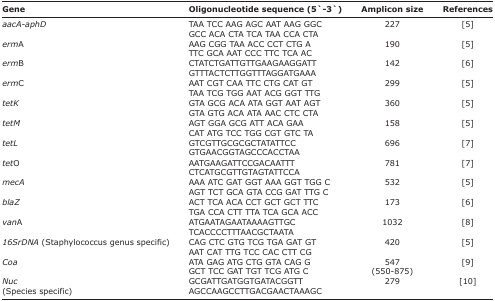
<table><thead><tr><td><b>Gene</b></td><td><b>Oligonucleotide sequence (5`-3`)</b></td><td><b>Amplicon size</b></td><td><b>References</b></td></tr></thead><tbody><tr><td><i>aacA-aphD</i></td><td>TAA TCC AAG AGC AAT AAG GGC GCC ACA CTA TCA TAA CCA CTA</td><td>227</td><td>[5]</td></tr><tr><td><i>erm</i>A</td><td>AAG CGG TAA ACC CCT CTG A TTC GCA AAT CCC TTC TCA AC</td><td>190</td><td>[5]</td></tr><tr><td><i>erm</i>B</td><td>CTATCTGATTGTTGAAGAAGGATT GTTTACTCTTGGTTTAGGATGAAA</td><td>142</td><td>[6]</td></tr><tr><td><i>erm</i>C</td><td>AAT CGT CAA TTC CTG CAT GT TAA TCG TGG AAT ACG GGT TTG</td><td>299</td><td>[5]</td></tr><tr><td><i>tetK</i></td><td>GTA GCG ACA ATA GGT AAT AGT GTA GTG ACA ATA AAC CTC CTA</td><td>360</td><td>[5]</td></tr><tr><td><i>tetM</i></td><td>AGT GGA GCG ATT ACA GAA CAT ATG TCC TGG CGT GTC TA</td><td>158</td><td>[5]</td></tr><tr><td><i>tetL</i></td><td>GTCGTTGCGCGCTATATTCC GTGAACGGTAGCCCACCTAA</td><td>696</td><td>[7]</td></tr><tr><td><i>tet</i>O</td><td>AATGAAGATTCCGACAATTT CTCATGCGTTGTAGTATTCCA</td><td>781</td><td>[7]</td></tr><tr><td><i>mecA</i></td><td>AAA ATC GAT GGT AAA GGT TGG C AGT TCT GCA GTA CCG GAT TTG C</td><td>532</td><td>[5]</td></tr><tr><td><i>blaZ</i></td><td>ACT TCA ACA CCT GCT GCT TTC TGA CCA CTT TTA TCA GCA ACC</td><td>173</td><td>[6]</td></tr><tr><td><i>van</i>A</td><td>ATGAATAGAATAAAAGTTGC TCACCCCTTTAACGCTAATA</td><td>1032</td><td>[8]</td></tr><tr><td><i>16SrDNA</i> (Staphylococcus genus specific)</td><td>CAG CTC GTG TCG TGA GAT GT AAT CAT TTG TCC CAC CTT CG</td><td>420</td><td>[5]</td></tr><tr><td><i>Coa</i></td><td>ATA GAG ATG CTG GTA CAG G GCT TCC GAT TGT TCG ATG C</td><td>547 (550-875)</td><td>[9]</td></tr><tr><td><i>Nuc</i> (Species specific)</td><td>GCGATTGATGGTGATACGGTT AGCCAAGCCTTGACGAACTAAAGC</td><td>279</td><td>[10]</td></tr></tbody></table>